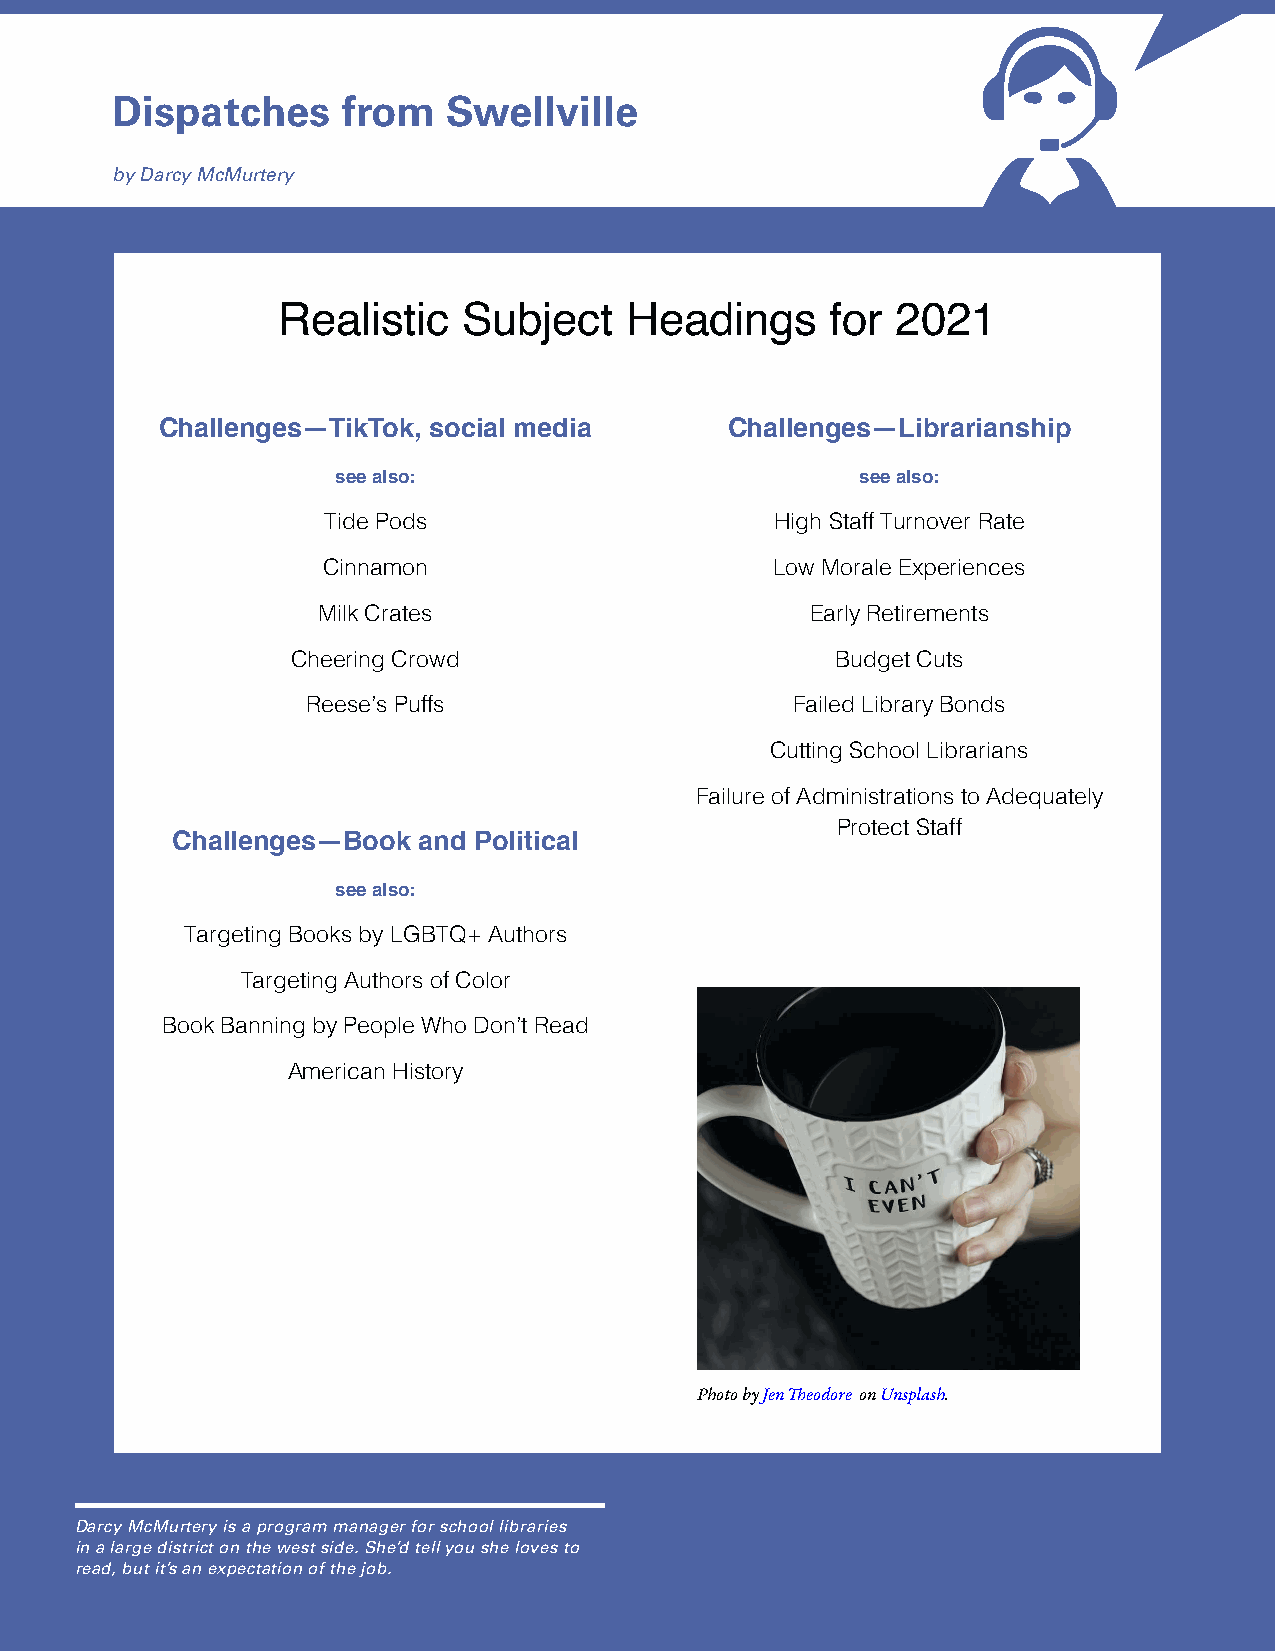
Dispatches      from   Swellville
 by Darcy McMurtery
 Realistic    Subject   Headings      for 2021
 Challenges—TikTok, social media       Challenges—Librarianship
 see also:                          see also:
 Tide Pods                     High Staff Turnover Rate
 Cinnamon                      Low Morale Experiences
 Milk Crates                      Early Retirements
 Cheering Crowd                      Budget Cuts
 Reese’s Puffs                    Failed Library Bonds
 Cutting School Librarians
 Failure of Administrations to Adequately
 Protect Staff
 Challenges—Book  and Political
 see also:
 Targeting Books by LGBTQ+ Authors
 Targeting Authors of Color
 Book Banning by People Who Don’t Read
 American History
 Photo by Jen Theodore on Unsplash.
 Darcy McMurtery is a program manager for school libraries
 in a large district on the west side. She’d tell you she loves to
 read, but it’s an expectation of the job.
 46                                                        ALKI • December 2021